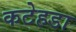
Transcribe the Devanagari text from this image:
कटेहडा